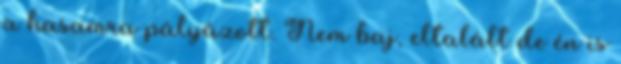
a hasamra pályázott. Nem baj, eltalált de én is